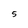
Character: S